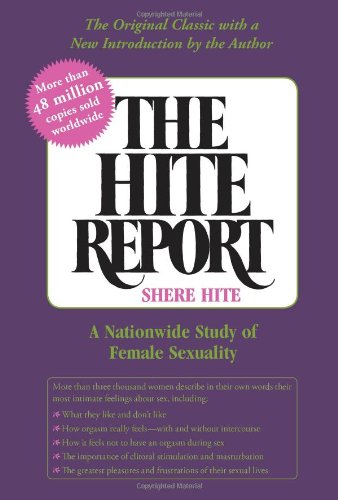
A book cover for The Hite Report: A National Study of Female Sexuality; Shere Hite; Health, Fitness & Dieting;